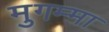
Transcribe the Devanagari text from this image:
मुगम्मा